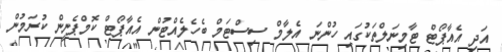
އަދި އެއާޕޯޓް ޓާމިނަލްތަކުގައި ހުންނަ އެލާމް ސިސްޓަމް ބެހެލެއްޓުން އެއާޕޯޓް ކޮމްޕެނީން ކުރަމުން